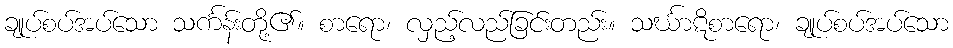
ချုပ်စပ်အပ်သော သင်္ကန်းတို့၏။ စာရော၊ လှည့်လည်ခြင်းတည်း။ သင်္ဃာဋိစာရော၊ ချုပ်စပ်အပ်သော